Vaccination in Burma 1912-1922 - 1912-1922
Year: 1912
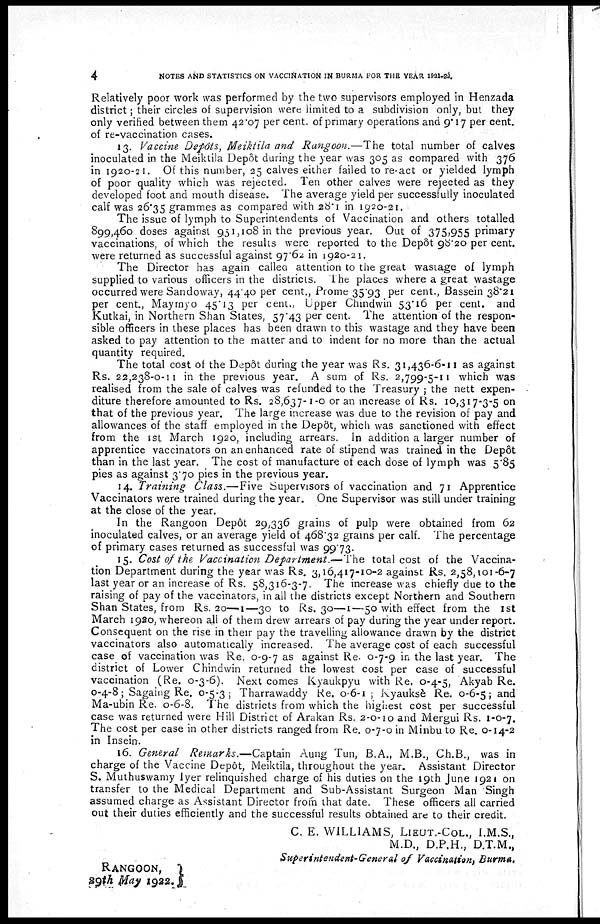
4
NOTES AND STATISTICS ON VACCINATION IN BURMA FOR THE YEAR 1921-22.
Relatively poor work was performed by the two supervisors employed in Henzada
district; their circles of supervision were limited to a subdivision only, but they
only verified between them 42.07 per cent. of primary operations and 9.17 per cent.
of re-vaccination cases.
13. Vaccine Depôts, Meiktila and Rangoon.—The total number of calves
inoculated in the Meiktila Depôt during the year was 305 as compared with 376
in 1920-21. Of this number, 25 calves either failed to re-act or yielded lymph
of poor quality which was rejected. Ten other calves were rejected as they
developed foot and mouth disease. The average yield per successfully inoculated
calf was 26.35 grammes as compared with 28.1 in 1920-21.
The issue of lymph to Superintendents of Vaccination and others totalled
899,460 doses against 951,108 in the previous year. Out of 375,955 primary
vaccinations, of which the results were reported to the Depôt 98.20 per cent.
were returned as successful against 97.62 in 1920-21.
The Director has again called attention to the great wastage of lymph
supplied to various officers in the districts. The places where a great wastage
occurred were Sandoway, 44.40 per cent., Prome 35.93 per cent., Bassein 38.21
per cent., Maymyo 45.13 per cent., Upper Chindwin 53.16 per cent. and
Kutkai, in Northern Shan States, 57.43 per cent. The attention of the respon-
sible officers in these places has been drawn to this wastage and they have been
asked to pay attention to the matter and to indent for no more than the actual
quantity required.
The total cost of the Depôt during the year was Rs. 31,436-6-11 as against
Rs. 22,238-0-11 in the previous year. A sum of Rs. 2,799-5-11 which was
realised from the sale of calves was refunded to the Treasury ; the nett expen-
diture therefore amounted to Rs. 28,637-1-0 or an increase of Rs. 10,317-3-5 on
that of the previous year. The large increase was due to the revision of pay and
allowances of the staff employed in the Depôt, which was sanctioned with effect
from the 1st March 1920, including arrears. In addition a larger number of
apprentice vaccinators on an enhanced rate of stipend was trained in the Depôt
than in the last year. The cost of manufacture of each dose of lymph was 5.85
pies as against 3.70 pies in the previous year.
14. Training Class.—Five Supervisors of vaccination and 71 Apprentice
Vaccinators were trained during the year. One Supervisor was still under training
at the close of the year.
In the Rangoon Depôt 29,336 grains of pulp were obtained from 62
inoculated calves, or an average yield of 468.32 grains per calf. The percentage
of primary cases returned as successful was 99.73.
15. Cost of the Vaccination Department.— The total cost of the Vaccina-
tion Department during the year was Rs. 3,16,417-10-2 against Rs. 2,58,101-6-7
last year or an increase of Rs. 58,316-3-7. The increase was chiefly due to the
raising of pay of the vaccinators, in all the districts except Northern and Southern
Shan States, from Rs. 20—1—30 to Rs. 30—1—50 with effect from the 1st
March 1920, whereon all of them drew arrears of pay during the year under report.
Consequent on the rise in their pay the travelling allowance drawn by the district
vaccinators also automatically increased. The average cost of each successful
case of vaccination was Re. 0-9-7 as against Re. 0-7-9 in the last year. The
district of Lower Chindwin returned the lowest cost per case of successful
vaccination (Re. 0-3-6). Next comes Kyaukpyu with Re. 0-4-5, Akyab Re.
0-4-8; Sagaing Re. 0-5-3; Tharrawaddy Re. 0-6-1 ; Kyauksè Re. 0-6-5; and
Ma-ubin Re. 0-6-8. The districts from which the highest cost per successful
case was returned were Hill District of Arakan Rs. 2-0-10 and Mergui Rs. 1-0-7.
The cost per case in other districts ranged from Re. 0-7-0 in Minbu to Re. 0-14-2
in Insein.
16. General Remarks.—Captain Aung Tun, B.A., M.B., Ch.B., was in
charge of the Vaccine Depôt, Meiktila, throughout the year. Assistant Director
S. Muthuswamy lyer relinquished charge of his duties on the 19th June 1921 on
transfer to the Medical Department and Sub-Assistant Surgeon Man Singh
assumed charge as Assistant Director from that date. These officers all carried
out their duties efficiently and the successful results obtained are to their credit.
C. E. WILLIAMS, LIEUT.-COL., I.M.S.,
M.D., D.P.H., D.T.M.,
Superintendent-General of Vaccination, Burma.
RANGOON,
29th May 1922.